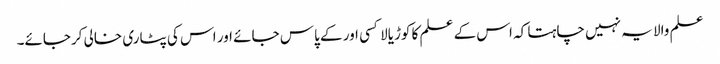
علم والا یہ نہیں چاہتا کہ اس کے علم کا کوڑیالا کسی اور کے پاس جائے اور اس کی پٹاری خالی کرجائے۔